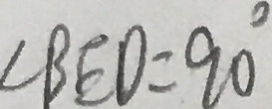
\angle B E D = 9 0 ^ { \circ }